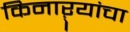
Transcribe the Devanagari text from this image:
किनाऱ्‍यांचा